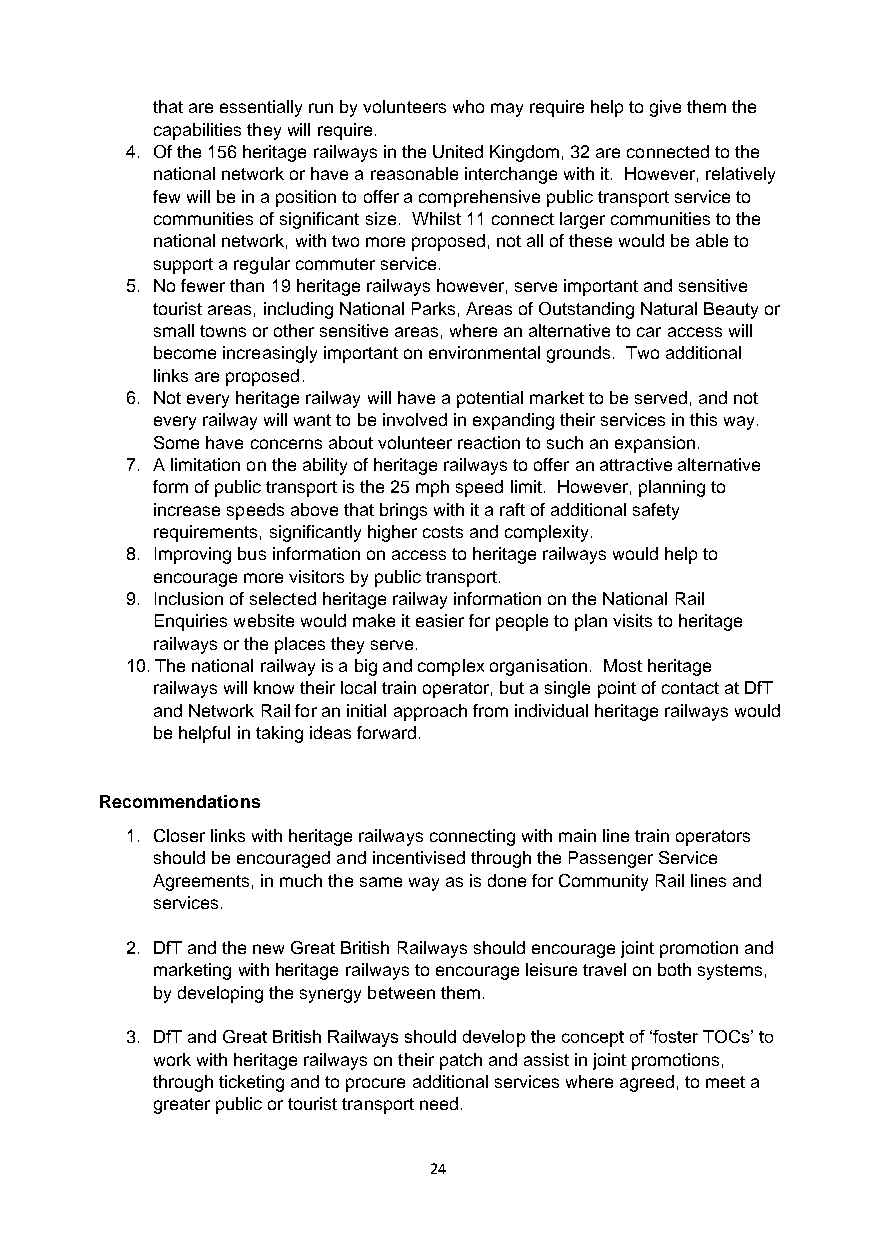
that are essentially run by volunteers who may require help to give them the
 capabilities they will require.
 4. Of the 156 heritage railways in the United Kingdom, 32 are connected to the
 national network or have a reasonable interchange with it. However, relatively
 few will be in a position to offer a comprehensive public transport service to
 communities of significant size. Whilst 11 connect larger communities to the
 national network, with two more proposed, not all of these would be able to
 support a regular commuter service.
 5. No fewer than 19 heritage railways however, serve important and sensitive
 tourist areas, including National Parks, Areas of Outstanding Natural Beauty or
 small towns or other sensitive areas, where an alternative to car access will
 become increasingly important on environmental grounds. Two additional
 links are proposed.
 6. Not every heritage railway will have a potential market to be served, and not
 every railway will want to be involved in expanding their services in this way.
 Some have concerns about volunteer reaction to such an expansion.
 7. A limitation on the ability of heritage railways to offer an attractive alternative
 form of public transport is the 25 mph speed limit. However, planning to
 increase speeds above that brings with it a raft of additional safety
 requirements, significantly higher costs and complexity.
 8. Improving bus information on access to heritage railways would help to
 encourage more visitors by public transport.
 9. Inclusion of selected heritage railway information on the National Rail
 Enquiries website would make it easier for people to plan visits to heritage
 railways or the places they serve.
 10. The national railway is a big and complex organisation. Most heritage
 railways will know their local train operator, but a single point of contact at DfT
 and Network Rail for an initial approach from individual heritage railways would
 be helpful in taking ideas forward.
 Recommendations
 1. Closer links with heritage railways connecting with main line train operators
 should be encouraged and incentivised through the Passenger Service
 Agreements, in much the same way as is done for Community Rail lines and
 services.
 2. DfT and the new Great British Railways should encourage joint promotion and
 marketing with heritage railways to encourage leisure travel on both systems,
 by developing the synergy between them.
 3. DfT and Great British Railways should develop the concept of ‘foster TOCs’ to
 work with heritage railways on their patch and assist in joint promotions,
 through ticketing and to procure additional services where agreed, to meet a
 greater public or tourist transport need.
 24